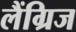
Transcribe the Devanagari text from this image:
लैंग्रिज